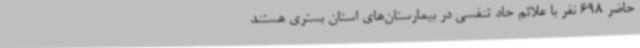
حاضر 698 نفر با علائم حاد تنفسی در بیمارستان‌های استان بستری هستند